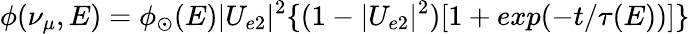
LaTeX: \phi(\nu_{\mu},E)=\phi_{\odot}(E)|U_{e2}|^{2}\{ (1-|U_{e2}|^{2})[1+exp(-t/\tau(E))]\}